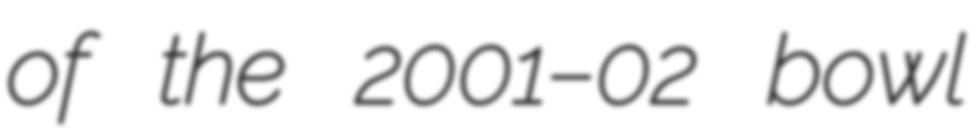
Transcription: of the 2001–02 bowl